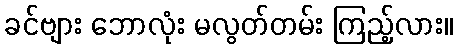
ခင်ဗျား ဘောလုံး မလွတ်တမ်း ကြည့်လား။